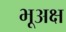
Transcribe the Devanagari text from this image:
भूअक्ष